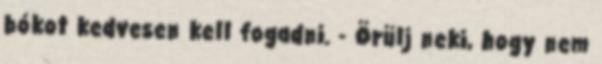
bókot kedvesen kell fogadni. - Örülj neki, hogy nem